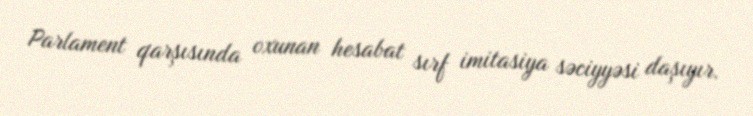
Parlament qarşısında oxunan hesabat sırf imitasiya səciyyəsi daşıyır.